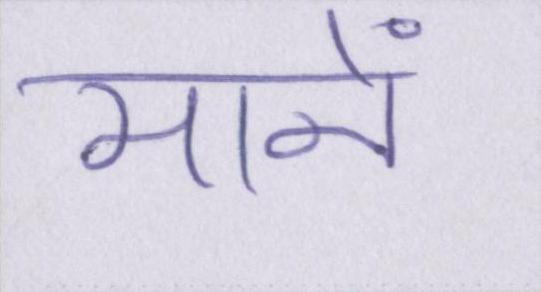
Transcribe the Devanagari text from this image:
मानें